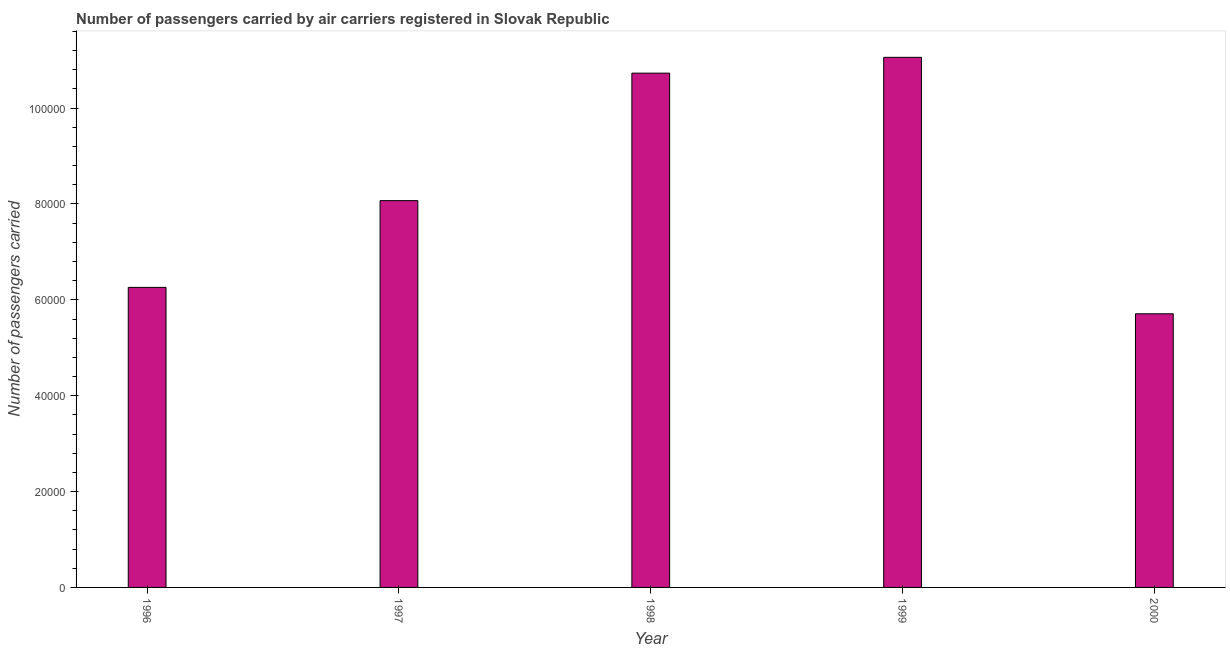
| Year | Air transport |
 | --- | --- |
 | 1996 | 6.26e+04 |
 | 1997 | 8.07e+04 |
 | 1998 | 1.07e+05 |
 | 1999 | 1.11e+05 |
 | 2000 | 5.71e+04 |